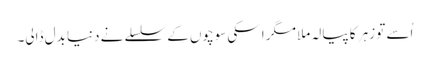
اُسے تو زہر کا پیالہ ملا مگر اسکی سوچوں کے سلسلے نے دنیا بدل ڈالی۔